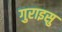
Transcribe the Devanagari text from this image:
गुराइसु